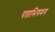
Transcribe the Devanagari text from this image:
पताभिगमन